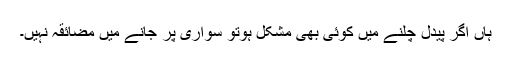
ہاں اگر پیدل چلنے میں کوئی بھی مشکل ہوتو سواری پر جانے میں مضائقہ نہیں۔